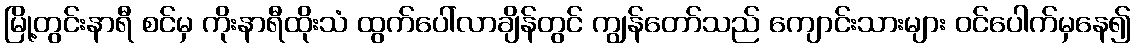
မြို့တွင်းနာရီ စင်မှ ကိုးနာရီထိုးသံ ထွက်ပေါ်လာချိန်တွင် ကျွန်တော်သည် ကျောင်းသားများ ဝင်ပေါက်မှနေ၍